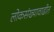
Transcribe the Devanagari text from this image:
लोकसंख्यावाढीत